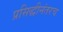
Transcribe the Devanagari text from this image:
प्रसिद्धीनंतरच